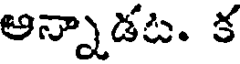
అన్నాడట. క